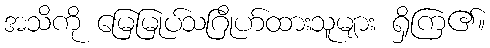
အသိကို မြေမြုပ်သဂြိုဟ်ထားသူများ ရှိကြ၏။